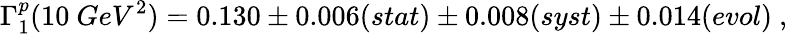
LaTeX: \Gamma_{1}^{p}(10~GeV^{2})=0.130\pm 0.006(stat)\pm 0.008(syst)\pm 0.014(evol)~,